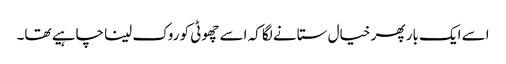
اسے ایک بار پھر خیال ستانے لگا کہ اسے چھوٹی کو روک لینا چاہیے تھا۔